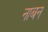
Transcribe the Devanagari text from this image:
नाबन